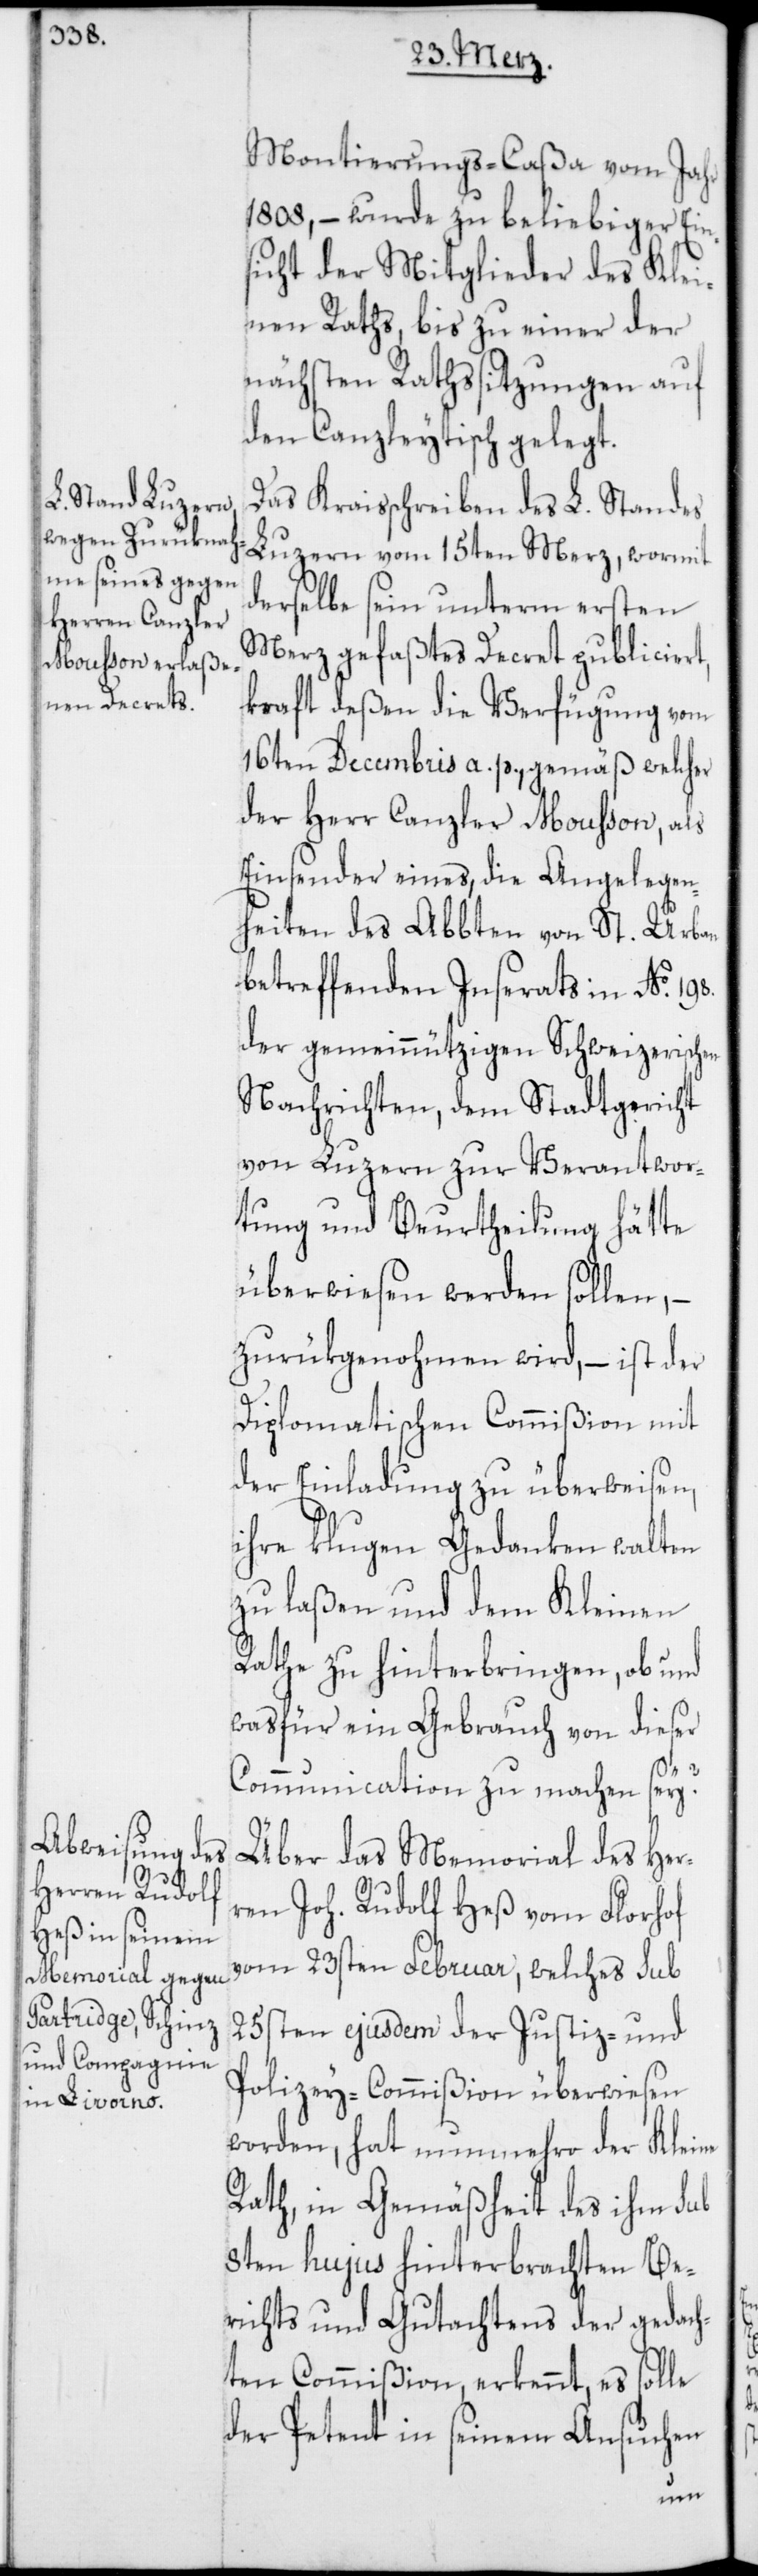
Montierungs-Caßa vom Jahr
1808, – wurde zu beliebiger Ein¬
sicht der Mitglieder des Klei¬
nen Raths, bis zu einer der
nächsten Rathssitzungen auf
den Canzleytisch gelegt.
Das Kraisschreiben des L. Standes
Luzern vom 15ten Merz, wormit
derselbe sein unterm ersten
Merz gefaßtes Decret publiciert,
kraft deßen die Verfügung vom
16ten Decembris a. p., gemäß welcher
der Herr Canzler Moußon, als
Einsender eines, die Angelegen¬
heiten des Abbten von St. Urban
betreffenden Inserats in No 198.
der gemeinnützigen Schweizerischen
Nachrichten, dem Stadtgericht
von Luzern zur Verantwor¬
tung und Beurtheilung hätte
überwiesen werden sollen, –
zurükgenohmen wird, – ist der
Diplomatischen Commißion mit
der Einladung zu überweisen,
ihre klugen Gedanken walten
zu laßen und dem Kleinen
Rathe zu hinterbringen, ob und
was für ein Gebrauch von dieser
Communication zu machen sey?
Über das Memorial des Her¬
ren Joh. Rudolf Heß vom Florhof
vom 23sten Februar, welches sub
25sten ejusdem der Justiz- und
Polizey-Commißion überwiesen
worden, hat nunmehro der Kleine
Rath, in Gemäßheit des ihm sub
8ten hujus hinterbrachten Be¬
richts und Gutachtens der gedach¬
ten Commißion, erkennt, es solle
der Petent in seinen Ansuchen